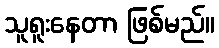
သူရူးနေတာ ဖြစ်မည်။